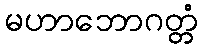
မဟာဘောဂတ္တံ